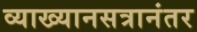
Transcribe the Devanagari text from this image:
व्याख्यानसत्रानंतर